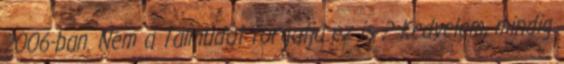
2006-ban. Nem a Talmudot forgatja ez is ? Kedvelem, mindig